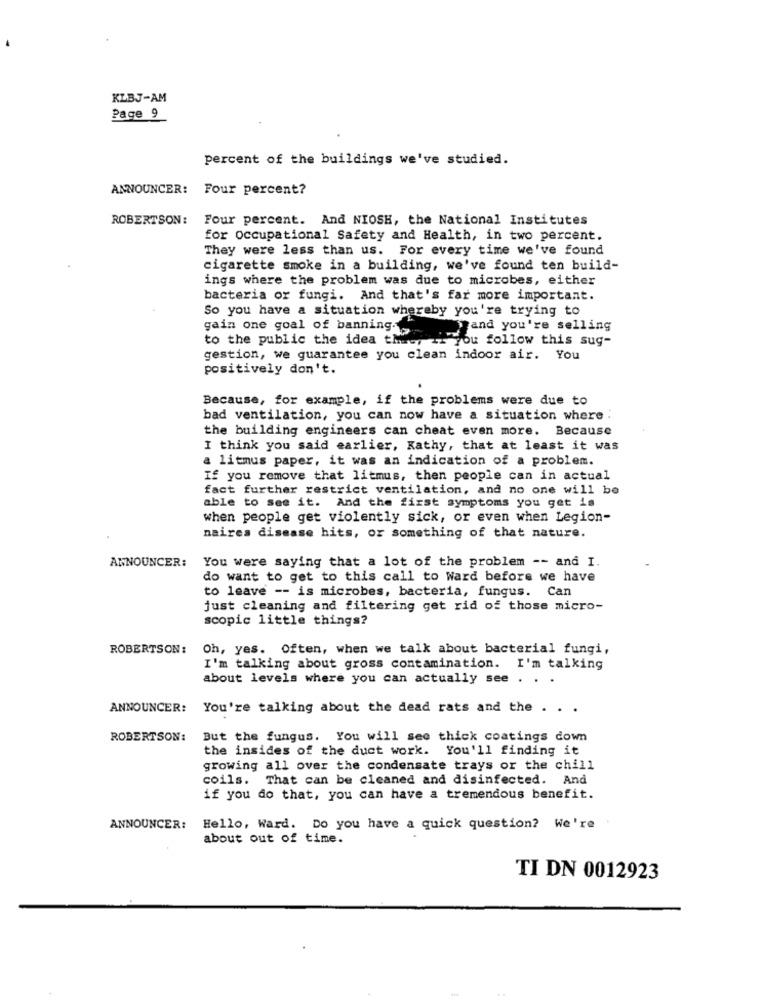
KLBJ-AM
Page 9
percent of the buildings we've studied.
ANNOUNCER:
Four percent?
ROBERTSON:
Four percent. And NIOSH, the National Institutes
for occupational Safety and Health, in two percent.
They were less than us. For every time we've found
cigarette smoke in a building, we've found ten build-
ings where the problem was due to microbes, either
bacteria or fungi. And that's far more important.
So you have a situation whereby you're trying to
gain one goal of banning.
fand you're selling
to the public the idea that, If you follow this sug-
gestion, we guarantee you clean indoor air. You
positively don't.
Because, for example, if the problems were due to
bad ventilation, you can now have a situation where .
the building engineers can cheat even more. Because
I think you said earlier, Kathy, that at least it was
a litmus paper, it was an indication of a problem.
If you remove that litmus, then people can in actual
fact further restrict ventilation, and no one will be
able to see it. And the first symptoms you get is
when people get violently sick, or even when Legion-
naires disease hits, or something of that nature.
You were saying that a lot of the problem -- and I.
ANNOUNCER:
do want to get to this call to Ward before we have
to leave -- is microbes, bacteria, fungus. Can
just cleaning and filtering get rid of those micro-
scopic little things?
ROBERTSON: Oh, yes. Often, when we talk about bacterial fungi,
I'm talking about gross contamination. I'm talking
about levels where you can actually see . . .
ANNOUNCER: You're talking about the dead rats and the . . .
ROBERTSON:
But the fungus. You will see thick coatings down
the insides of the duct work. You'll finding it
growing all over the condensate trays or the chill
coils. That can be cleaned and disinfected. And
if you do that, you can have a tremendous benefit.
ANNOUNCER: Hello, Ward. Do you have a quick question? We're
about out of time.
TI DN 0012923